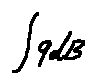
\int 9 d B